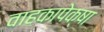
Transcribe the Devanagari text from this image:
वाहकापेक्षा